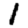
Digit: 1